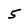
Character: 5